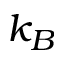
k _ { B }